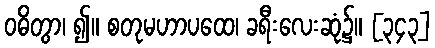
ဝဓိတွာ၊ ၍။ စတုမဟာပထေ၊ ခရီးလေးဆုံ၌။ [၃၄၃]